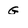
Character: G